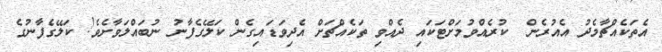
އެތަކެއްޗާމެދު އެއުރެން  ކުރެއްވުމަށްޓަކައި ދެއްވި ތަކެއްޗަށް އެދިވަޑައިގެން ކަލޭގެފާނު ނުބައްލަވާށެވެ! ކަލޭގެފާނުގެ